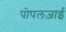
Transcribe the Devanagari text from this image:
पोपलज़ाई